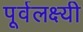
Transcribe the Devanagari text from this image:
पूर्वलक्ष्यी